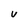
Character: U